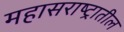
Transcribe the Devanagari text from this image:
महासराष्ट्रातील